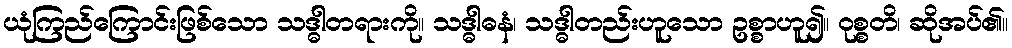
ယုံကြည်ကြောင်းဖြစ်သော သဒ္ဓါတရားကို။ သဒ္ဓါဓနံ၊ သဒ္ဓါတည်းဟူသော ဥစ္စာဟူ၍။ ဝုစ္စတိ၊ ဆိုအပ်၏။